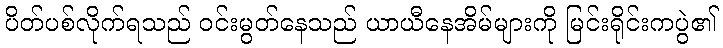
ပိတ်ပစ်လိုက်ရသည် ဝင်းမွတ်နေသည် ယာယီနေအိမ်များကို မြင်းရိုင်းကပွဲ၏